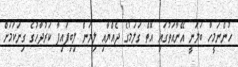
ހުންނަމީހާ ބަލަނީ އޭނާއަތުގައި އޮތް ގަލަމުގެ ދެއްޔާއި ލިޔަން ލިބިފައިފާ ކަރުދާހުގެ ގިނަކަމަށް